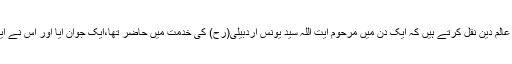
مشہد مقدس کے ایک عالم دین نقل کرتے ہیں کہ ایک دن میں مرحوم آیت اللہ سید یونس اردبیلی(رح) کی خدمت میں حاضر تھا،ایک جوان آیا اور اس نے ایک مسئلہ دریافت کیا۔